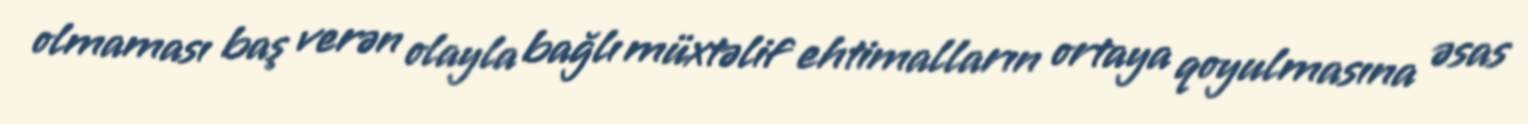
olmaması baş verən olayla bağlı müxtəlif ehtimalların ortaya qoyulmasına əsas